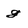
Character: g